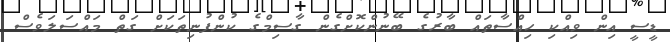
ޑީސީ އިން ވިއްކި ހިއްސާތައް ބާރުގެ ބޭނުންކޮށްގެން ގާސިމްގެ ކުންފުނިތަކަށް ގަތް މައްސަލަވެސް